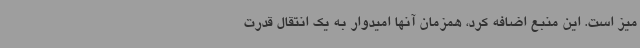
میز است. این منبع اضافه کرد، همزمان آنها امیدوار به یک انتقال قدرت